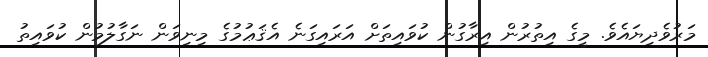
މަރުވެދިޔައެވެ. މީގެ އިތުރުން އިރާގުން ކުވައިތަށް އަރައިގަނެ އެޤަޢުމުގެ މިނިވަން ނަގާލުމުން ކުވައިތު